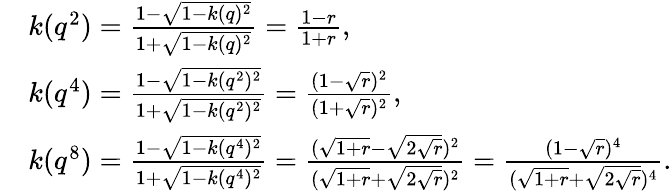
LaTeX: \begin{array}{rl}&{k(q^{2})=\frac{1-\sqrt{1-k(q)^{2}}}{1+\sqrt{1-k(q)^{2}}}=\frac{1-r}{1+r},}\\ &{k(q^{4})=\frac{1-\sqrt{1-k(q^{2})^{2}}}{1+\sqrt{1-k(q^{2})^{2}}}=\frac{(1-\sqrt{r})^{2}}{(1+\sqrt{r})^{2}},}\\ &{k(q^{8})=\frac{1-\sqrt{1-k(q^{4})^{2}}}{1+\sqrt{1-k(q^{4})^{2}}}=\frac{(\sqrt{1+r}-\sqrt{2\sqrt{r}})^{2}}{(\sqrt{1+r}+\sqrt{2\sqrt{r}})^{2}}=\frac{(1-\sqrt{r})^{4}}{(\sqrt{1+r}+\sqrt{2\sqrt{r}})^{4}}.}\end{array}